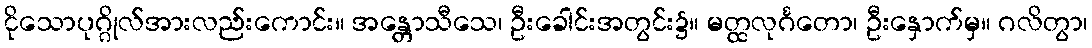
ငိုသောပုဂ္ဂိုလ်အားလည်းကောင်း။ အန္တောသီသေ၊ ဦးခေါင်းအတွင်း၌။ မတ္ထလုင်္ဂတော၊ ဦးနှောက်မှ။ ဂလိတွာ၊